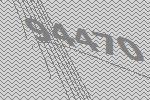
94470